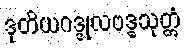
ဒုတိယဂဒ္ဒုလဗဒ္ဓသုတ္တံ